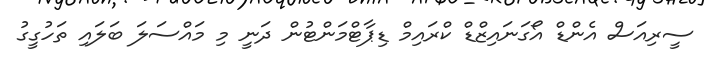
ސީރިއަސް އެންޑް އޯގަނައިޒްޑް ކްރައިމް ޑިޕާޓްމަންޓުން ދަނީ މި މައްސަލަ ބަލައި ތަހުގީގު